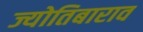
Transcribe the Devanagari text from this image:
ज्योतिबाराव